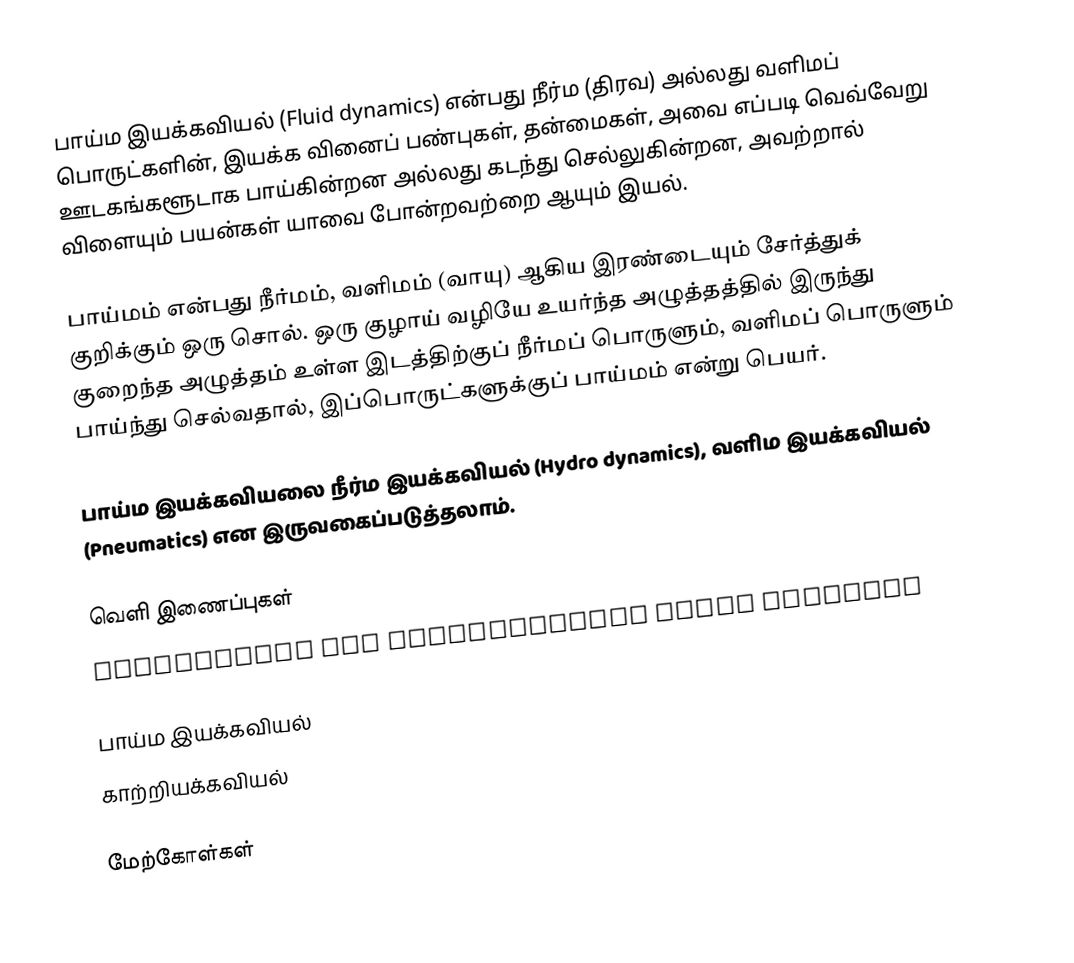
பாய்ம இயக்கவியல் (Fluid dynamics) என்பது நீர்ம (திரவ) அல்லது வளிமப் பொருட்களின், இயக்க வினைப் பண்புகள், தன்மைகள், அவை எப்படி வெவ்வேறு ஊடகங்களூடாக பாய்கின்றன அல்லது கடந்து செல்லுகின்றன, அவற்றால் விளையும் பயன்கள் யாவை போன்றவற்றை ஆயும் இயல்.

பாய்மம் என்பது நீர்மம், வளிமம் (வாயு) ஆகிய இரண்டையும் சேர்த்துக் குறிக்கும் ஒரு சொல். ஒரு குழாய் வழியே உயர்ந்த அழுத்தத்தில் இருந்து குறைந்த அழுத்தம் உள்ள இடத்திற்குப் நீர்மப் பொருளும், வளிமப் பொருளும் பாய்ந்து செல்வதால், இப்பொருட்களுக்குப் பாய்மம் என்று பெயர்.

பாய்ம இயக்கவியலை நீர்ம இயக்கவியல் (Hydro dynamics), வளிம இயக்கவியல் (Pneumatics) என இருவகைப்படுத்தலாம்.

வெளி இணைப்புகள்
 Geophysical and Astrophysical Fluid Dynamics

பாய்ம இயக்கவியல்
காற்றியக்கவியல்

மேற்கோள்கள்